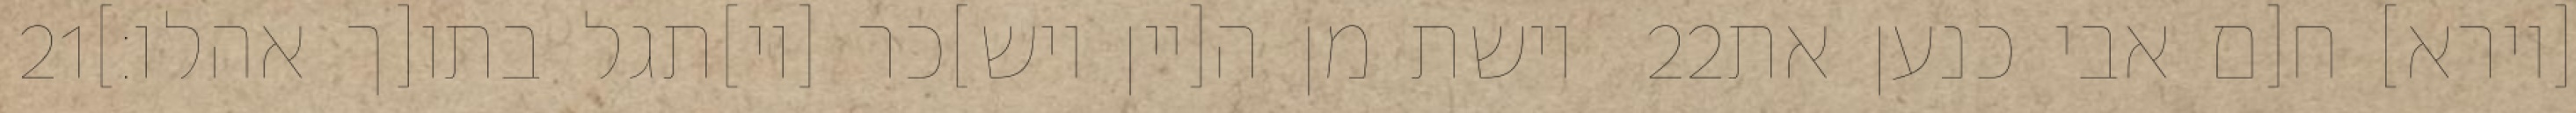
‎21‏ וישת מן ה[יין ויש]כר [וי]תגל בתו[ך אהלו׃] ‎22‏ [וירא] ח[ם אבי כנען את